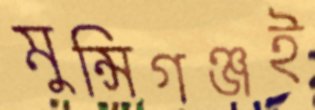
মুন্সিগঞ্জই